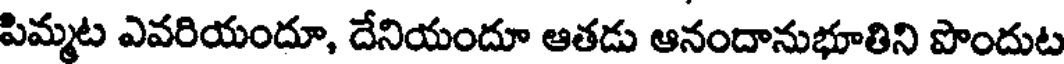
పిమ్మట ఎవరియందూ, దేనియందూ ఆతడు ఆనందానుభూతిని పొందుట